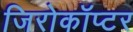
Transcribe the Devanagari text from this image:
जिरोकॉप्टर